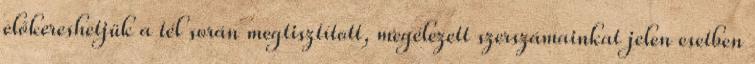
előkereshetjük a tél során megtisztított, megélezett szerszámainkat jelen esetben